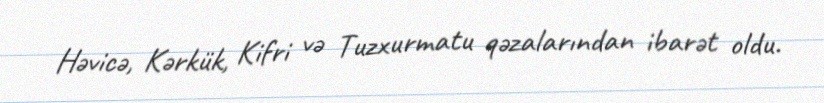
Həvicə, Kərkük, Kifri və Tuzxurmatu qəzalarından ibarət oldu.